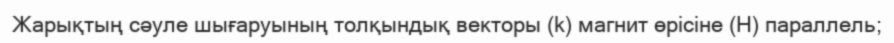
Жарықтың сәуле шығаруының толқындық векторы (k) магнит өрісіне (Н) параллель;